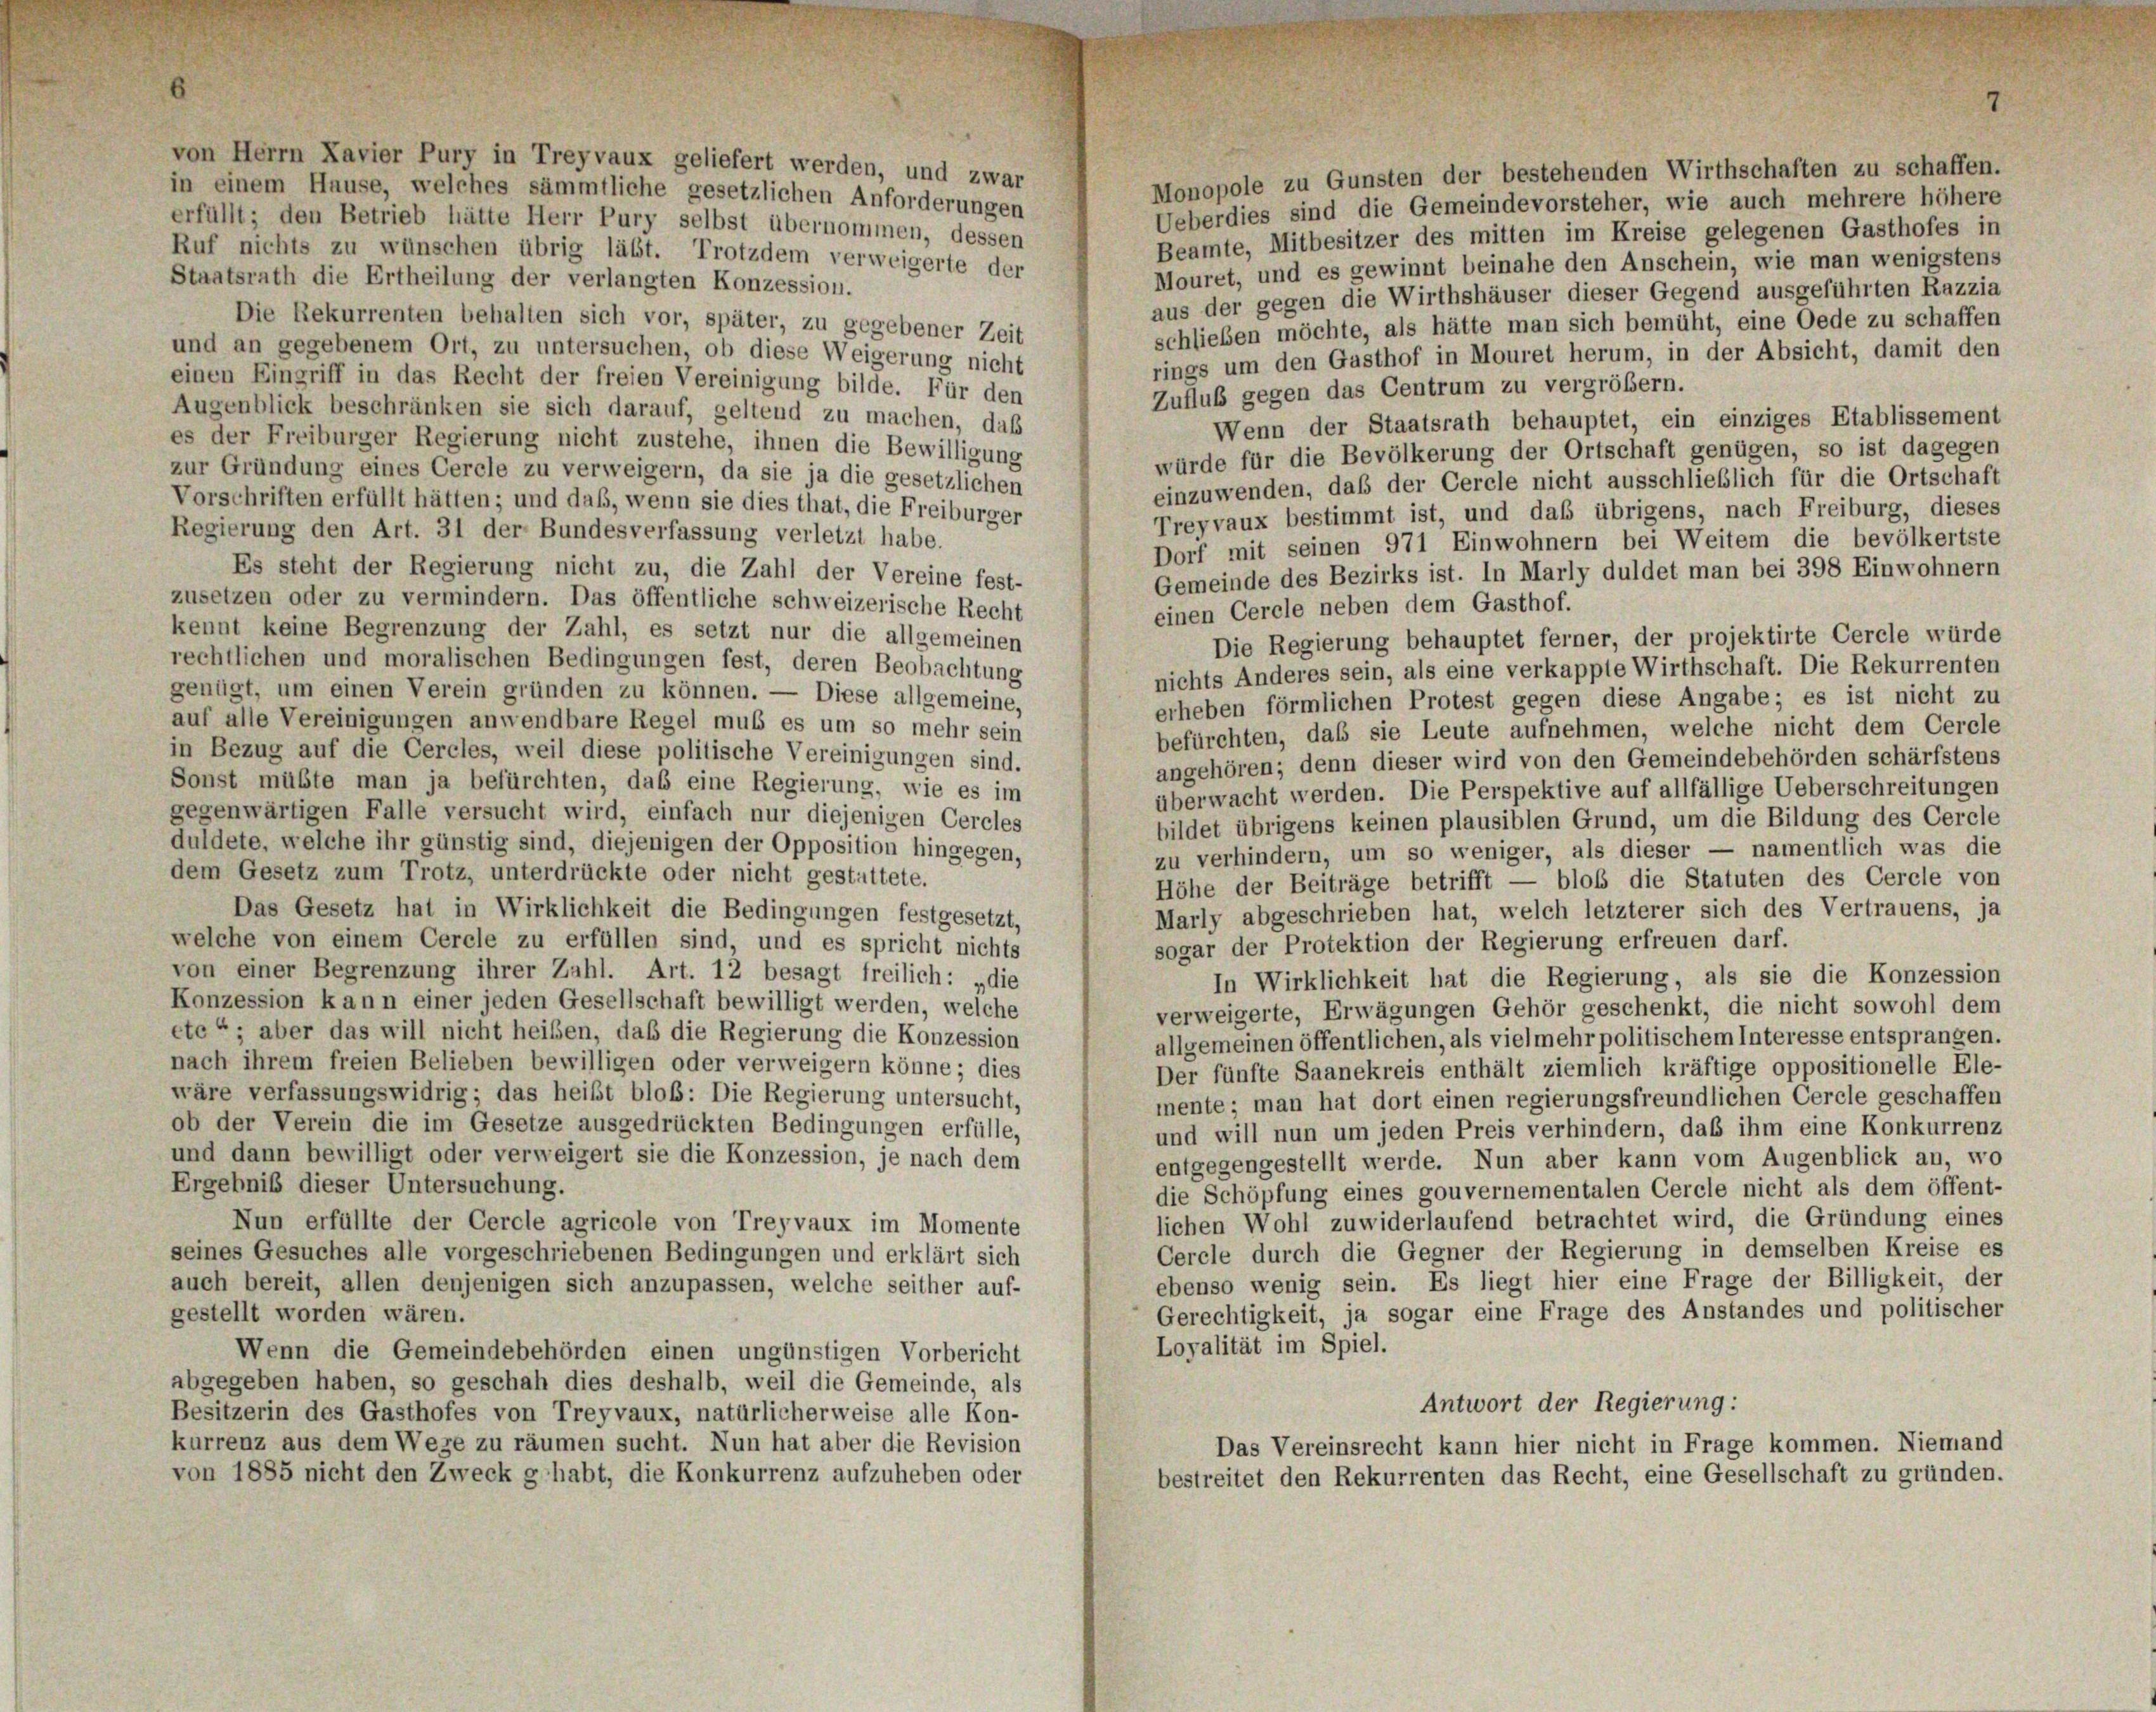
von Herrn Kavier Pury in Treyvaux geliefert werden, und zwar
Monopole zu Gunsten der bestehenden Wirthschaften zu schaffen.
in einem Hause, welches sämmtliche gesetzlichen Anforderungen
Ueberdies sind die Gemeindevorsteher, wie auch mehrere höhere
erfüllt; den Betrieb hätte Herr Pury selbst übernommen, dessen
Beamte, Mitbesitzer des mitten im Kreise gelegenen Gasthofes in
Ruf nichts zu wünschen übrig läßt. Trotzdem verweigerte der
Mouret, und es gewinnt beinahe den Anschein, wie man wenigstens
Staatsrath die Ertheilung der verlangten Konzession.
aus der gegen die Wirthshäuser dieser Gegend ausgeführten Razzia
Die Rekurrenten behalten sich vor, später, zu gegebener Zeit
schlieben möchte, als hätte man sich bemüht, eine Oede zu schaffen
und an gegebenem Ort, zu untersuchen, ob diese Weigerung nicht
rings um den Gasthof in Mouret herum, in der Absicht, damit den
einen Eingriff in das Recht der freien Vereinigung bilde. Für den
Zuflub gegen das Centrum zu vergrößern.
Augenblick beschränken sie sich darauf, geltend zu machen, daß
Wenn der Staatsrath behauptet, ein einziges Etablissement
es der Freiburger Regierung nicht zustehe, ihnen die Bewilligung
würde für die Bevölkerung der Ortschaft genügen, so ist dagegen
zur Gründung eines Cercle zu verweigern, da sie ja die gesetzlichen
einzuwenden, daß der Cercle nicht ausschließlich für die Ortschaft
Vorschriften erfüllt hätten; und daß, wenn sie dies that, die Freiburger
Treyvaux bestimmt ist, und daß übrigens, nach Freiburg, dieses
Regierung den Art. 31 der Bundesverfassung verletzt habe.
Dorf mit seinen 971 Einwohnern bei Weitem die bevölkertste
Es steht der Regierung nicht zu, die Zahl der Vereine fest-
Gemeinde des Bezirks ist. In Marly duldet man bei 398 Einwohnern
zusetzen oder zu vermindern. Das öffentliche schweizerische Recht
einen Cercle neben dem Gasthof.
kennt keine Begrenzung der Zahl, es setzt nur die allgemeinen
Die Regierung behauptet ferner, der projektirte Cercle würde
rechtlichen und moralischen Bedingungen fest, deren Beobachtung
nichts Anderes sein, als eine verkappte Wirthschaft. Die Rekurrenten
genügt, um einen Verein gründen zu können. — Diese allgemeine,
erheben förmlichen Protest gegen diese Angabe; es ist nicht zu
auf alle Vereinigungen anwendbare Regel muß es um so mehr sein
befürchten, daß sie Leute aufnehmen, welche nicht dem Cercle
in Bezug auf die Cercles, weil diese politische Vereinigungen sind.
angehören; denn dieser wird von den Gemeindebehörden schärfstens
Sonst müßte man ja befürchten, das eine Regierung, wie es im
überwacht werden. Die Perspektive auf allfällige Ueberschreitungen
gegenwärtigen Falle versucht wird, einfach nur diejenigen Cercles
bildet übrigens keinen plausiblen Grund, um die Bildung des Cercle
duldete, welche ihr günstig sind, diejenigen der Opposition hingegen,
zu verhindern, um so weniger, als dieser — namentlich was die
dem Gesetz zum Trotz, unterdrückte oder nicht gestattete.
Höhe der Beiträge betrifft — bloß die Statuten des Cercle von
Das Gesetz hat in Wirklichkeit die Bedingungen festgesetzt,
Marly abgeschrieben hat, welch letzterer sich des Vertrauens, ja
welche von einem Cercle zu erfüllen sind, und es spricht nichts
sogar der Protektion der Regierung erfreuen darf.
von einer Begrenzung ihrer Zahl. Art. 12 besagt freilich: „die
In Wirklichkeit hat die Regierung, als sie die Konzession
Konzession kann einer jeden Gesellschaft bewilligt werden, welche
verweigerte, Erwägungen Gehör geschenkt, die nicht sowohl dem
etc“; aber das will nicht heißen, daß die Regierung die Konzession
allgemeinen öffentlichen, als vielmehr politischem Interesse entsprangen.
nach ihrem freien Belieben bewilligen oder verweigern könne; dies
Der fünfte Saanekreis enthält ziemlich kräftige oppositionelle Ele-
wäre verfassungswidrig; das heißt bloß: Die Regierung untersucht,
mente; man hat dort einen regierungsfreundlichen Cercle geschaffen
ob der Verein die im Gesetze ausgedrückten Bedingungen erfülle,
und will nun um jeden Preis verhindern, daß ihm eine Konkurrenz
und dann bewilligt oder verweigert sie die Konzession, je nach dem
entgegengestellt werde. Nun aber kann vom Augenblick an, wo
Ergebnis dieser Untersuchung.
die Schöpfung eines gouvernementalen Cercle nicht als dem öffent-
lichen Wohl zuwiderlaufend betrachtet wird, die Gründung eines
Nun erfüllte der Cercle agricole von Treyvaux im Momente
Cercle durch die Gegner der Regierung in demselben Kreise es
seines Gesuches alle vorgeschriebenen Bedingungen und erklärt sich
ebenso wenig sein. Es liegt hier eine Frage der Billigkeit, der
auch bereit, allen denjenigen sich anzupassen, welche seither auf-
Gerechtigkeit, ja sogar eine Frage des Anstandes und politischer
gestellt worden wären.
Loyalität im Spiel.
Wenn die Gemeindebehörden einen ungünstigen Vorbericht
abgegeben haben, so geschah dies deshalb, weil die Gemeinde, als
Antwort der Regierung:
Besitzerin des Gasthofes von Treyvaux, natürlicherweise alle Kon-
kurrenz aus dem Wege zu räumen sucht. Nun hat aber die Revision
Das Vereinsrecht kann hier nicht in Frage kommen. Niemand
von 1885 nicht den Zweck gehabt, die Konkurrenz aufzuheben oder
bestreitet den Rekurrenten das Recht, eine Gesellschaft zu gründen.